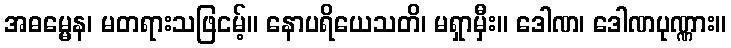
အဓမ္မေန၊ မတရားသဖြငမ့်။ နောပရိယေသတိ၊ မရှာမှီး။ ဒေါဏ၊ ဒေါဏပုဏ္ဏား။